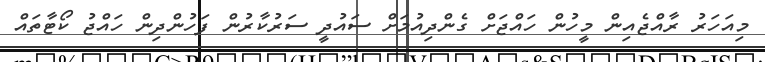
މިއަހަރު ރާއްޖެއިން މީހުން ހައްޖަށް ގެންދިއުމަށް ސައުދީ ސަރުކާރުން ފަހުންދިން ހައްޖު ކޯޓާތައް